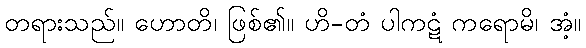
တရားသည်။ ဟောတိ၊ ဖြစ်၏။ ဟိ-တံ ပါကဋံ ကရောမိ၊ အံ့။